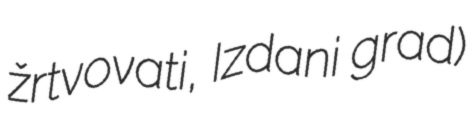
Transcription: žrtvovati, Izdani grad)